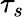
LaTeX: \tau_{s}